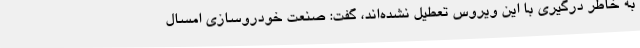
به خاطر درگیری با این ویروس تعطیل نشده‌اند، گفت: صنعت خودروسازی امسال